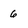
Character: 6